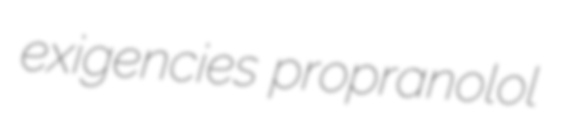
exigencies propranolol